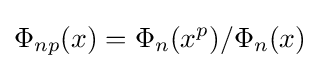
\Phi _{np}(x)=\Phi _{n}(x^{p})/\Phi _{n}(x)\;